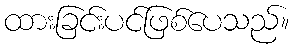
ထားခြင်းပင်ဖြစ်ပေသည်။